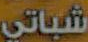
شباتي